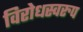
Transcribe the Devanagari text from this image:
विरोधस्वरुप